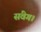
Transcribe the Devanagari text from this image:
संवेग।